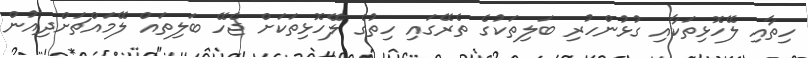
ހިތާއި ލޭހޮޅިތަކާއި ގުޅުންހުރި ބަލިތަކުގެ ތެރޭގައި ހިތުގެ ލޭހޮޅިތަކަށް ޖެހޭ ބަލިތައް ލޭމައްޗަށްދިއުން